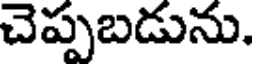
చెప్పబడును.